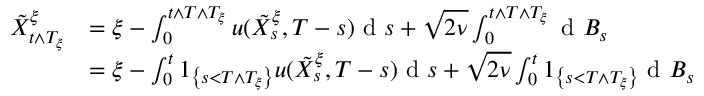
\begin{array} { r l } { \tilde { X } _ { t \wedge T _ { \xi } } ^ { \xi } } & { = \xi - \int _ { 0 } ^ { t \wedge T \wedge T _ { \xi } } u ( \tilde { X } _ { s } ^ { \xi } , T - s ) \textrm { d } s + \sqrt { 2 \nu } \int _ { 0 } ^ { t \wedge T \wedge T _ { \xi } } \textrm { d } B _ { s } } \\ & { = \xi - \int _ { 0 } ^ { t } 1 _ { \left\{ s < T \wedge T _ { \xi } \right\} } u ( \tilde { X } _ { s } ^ { \xi } , T - s ) \textrm { d } s + \sqrt { 2 \nu } \int _ { 0 } ^ { t } 1 _ { \left\{ s < T \wedge T _ { \xi } \right\} } \textrm { d } B _ { s } } \end{array}